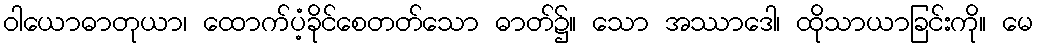
ဝါယောဓာတုယာ၊ ထောက်ပံ့ခိုင်စေတတ်သော ဓာတ်၌။ သော အဿာဒေါ၊ ထိုသာယာခြင်းကို။ မေ